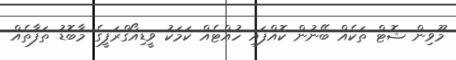
މޫވިން ޝޮޓް ތަކެއް ބޭނުން ކޮއްފައި ހުއްޓެއް ކަމަކު ވީޑިއޯގްރަފީގެ މާބޮޑު ތަފާތެއް